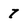
Character: 7